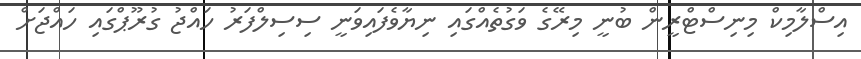
އިސްލާމިކް މިނިސްޓްރީން ބުނީ މިރޭގެ ވަގުތެއްގައި ނިޔާވެފައިވަނީ ސިސިލްފަރު ހައްޖު ގުރޫޕްގައި ހައްޖަށް